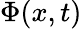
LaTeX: \Phi(x,t)